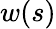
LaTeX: w(s)